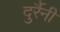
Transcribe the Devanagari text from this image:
दुर्रैनी